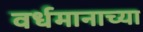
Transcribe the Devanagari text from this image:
वर्धमानाच्या